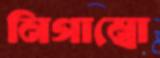
নিগাম্বো